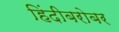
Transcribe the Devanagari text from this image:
हिंदीबरोबर